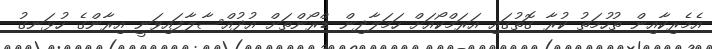
އެމެރިކާއިން ތުހުމަތު ކުރާ ގޮތުގައި އަރަމްކޯއަށް ހަމަލާދިން ޑްރޯންތަށް އުދުއްސާލާފައިވަނީ އިރާންގެ ހުޅަނގު